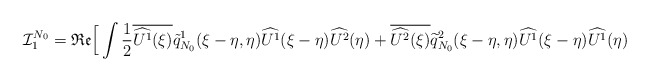
\begin{align*} \mathcal{I}_{1}^{N_0} = \mathfrak{Re} \Big[ \int \frac{1}{2}\overline{\widehat{ U^1 }(\xi)} \tilde{q}_{N_0}^1 (\xi-\eta, \eta)\widehat{U^1}(\xi-\eta) \widehat{U^2}(\eta) + \overline{\widehat{U^2}(\xi)} \widetilde{q}_{N_0}^2 (\xi-\eta, \eta) \widehat{U^1}(\xi-\eta) \widehat{U^1}(\eta) \end{align*}